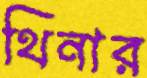
থিনার